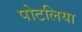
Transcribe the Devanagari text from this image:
पोटलिया